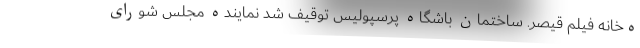
ه‌خانه فیلم قیصر. ساختمان باشگاه پرسپولیس توقیف شد نماینده مجلس شورای